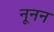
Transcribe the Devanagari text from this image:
नूनन